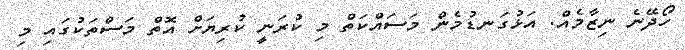
ހޯދޭނެ ނިޒާމެއް. އަޅުގަނޑުމެން މަސައްކަތް މި ކުރަނީ ކުރިޔަށް އޮތް މަސްތަކުގައި މި